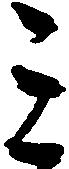
ミ